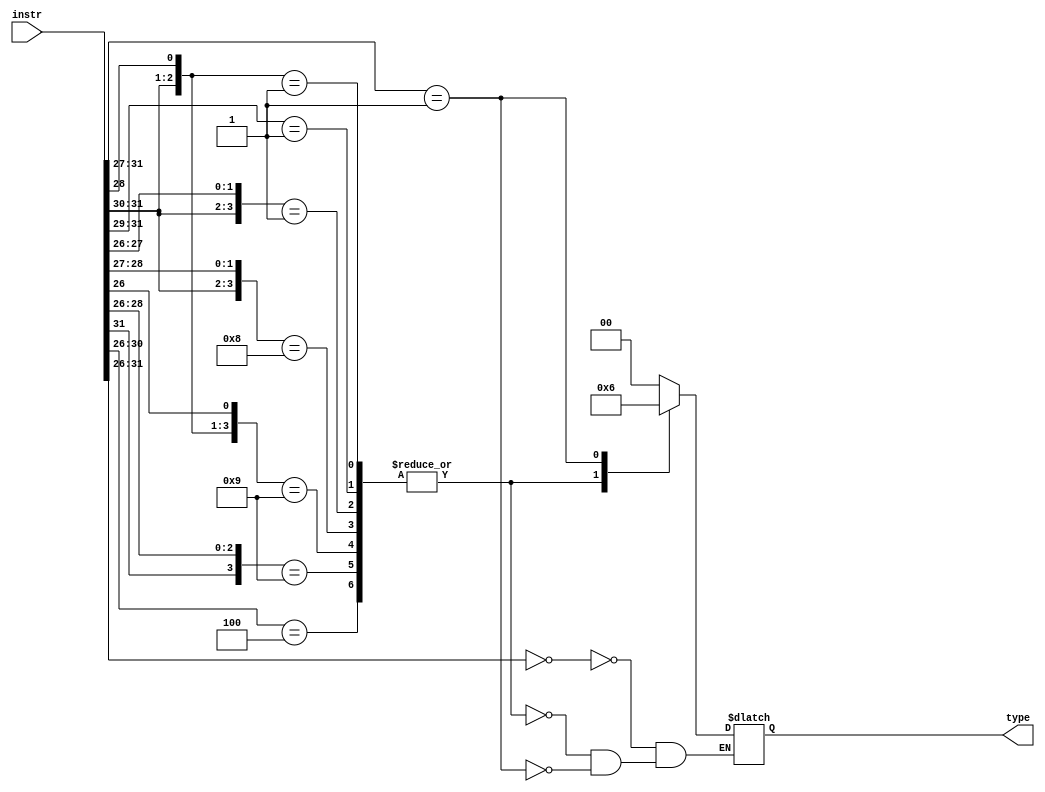
module instr_cat(type, instr);
    output reg [1:0] type;
    input [31:0] instr;

    always @ (*) begin
        casex(instr[31:26])
            6'b000000: type = 2'b00;
            6'b00x1xx,  // A'B'D
            6'b001xxx,  // A'B'C
            6'b00xx01,  // A'B'E'F
            6'b10x00x,  // AB'D'E'
            6'b10x0x1,  // AB'D'F
            6'b1xx001,  // AD'E'F
            6'bx00100: type = 2'b01; // B'C'DE'F'
            6'b00001x: type = 2'b10;
        endcase
        // $display("(:instr %b :type: %d)", instr[31:26], type);
    end
endmodule

module tb_instr_cat;
    wire [1:0] type;
    reg [31:0] instr;

    reg[7*8:0] str_type;

    instr_cat i0(type, instr);

    initial begin
        $monitor("(:instr %d :type: %s)", instr, str_type);
        #0 instr = 32'b000000_00000000000000000000000000; // R-Type
        #1 instr = 32'b001000_00000000000000000000000000; // ADDI
        #2 instr = 32'b000010_00000000000000000000000000; // J
        #3 instr = 32'b001100_00000000000000000000000000; // ANDI
        #4 instr = 32'b100011_00000000000000000000000000; // LW
        #5 instr = 32'b000100_00000000000000000000000000; // BEQ
        #6 instr = 32'b001101_00000000000000000000000000; // ORI
        #7 instr = 32'b000011_00000000000000000000000000; // JAL
        #8 instr = 32'b101000_00000000000000000000000000; // SB
        #9 instr = 32'b101011_00000000000000000000000000; // SW
        
        #10 $finish;
    end
    
    always @ (type) str_type = (type == 2'b00) ? "R-Type" :
                               (type == 2'b01) ? "I-Type" :
                               (type == 2'b10) ? "J-Type" :
                               "Error";
endmodule